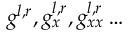
{ { g } ^ { l , r } } , g _ { x } ^ { l , r } , g _ { x x } ^ { l , r } \ldots